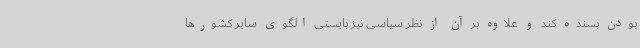
بودن بسنده کند و علاوه بر آن از نظر سیاسی نیز بایستی الگوی سایر کشورها